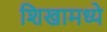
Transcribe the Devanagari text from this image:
शिखामध्ये